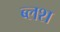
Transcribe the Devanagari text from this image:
ब्लश